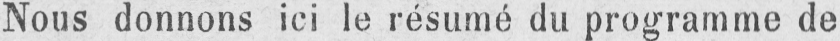
Nous donnons ici le résumé du programme de